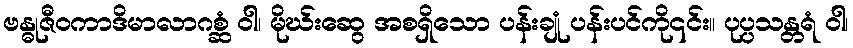
ဗန္ဓုဇီဝကာဒိမာလာဂစ္ဆံ ဝါ၊ မိုဃ်းဆွေ အစရှိသော ပန်းချုံ ပန်းပင်ကို၎င်း။ ပုပ္ပသန္တရံ ဝါ၊